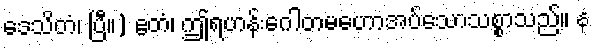
ဒေသိတံ၊ ပြီ။) ဧတံ၊ ဤရဟန်းဂေါတမဟောအပ်သောသစ္စာသည်။ န